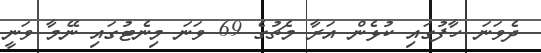
ދެވަނަ ހާފުގައި ކުޅެން އަރާ މެޗުގެ 69 ވަނަ މިނެޓުގައި ނޭމާ ވަނީ